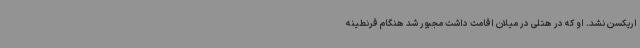
اریکسن نشد. او که در هتلی در میلان اقامت داشت مجبور شد هنگام قرنطینه